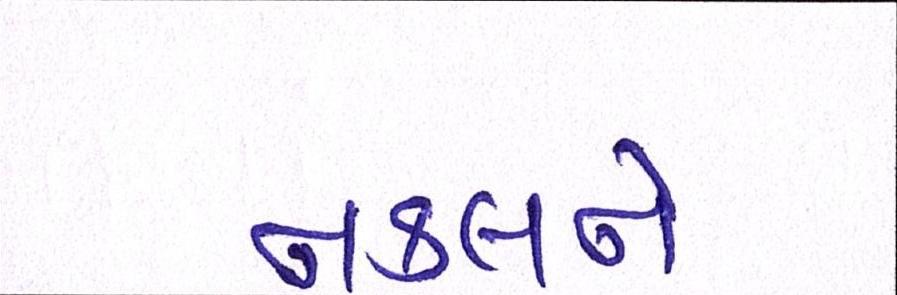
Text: નકલને